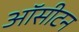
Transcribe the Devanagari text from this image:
ऑसीटन